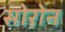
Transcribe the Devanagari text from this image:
सोरोन